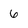
Character: 6